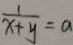
\frac { 1 } { x + y } = a